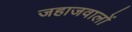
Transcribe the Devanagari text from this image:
जहाजवालों